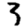
Digit: 3